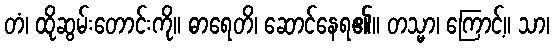
တံ၊ ထိုဆွမ်းတောင်းကို။ ဓာရေတိ၊ ဆောင်နေရ၏။ တသ္မာ၊ ကြောင့်။ သာ၊